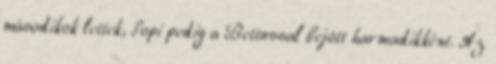
másodikok lettek, Sopi pedig a Bettussal bejött harmadikként. Az